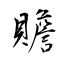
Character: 贍